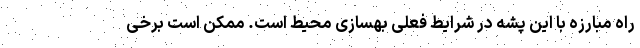
راه مبارزه با این پشه در شرایط فعلی بهسازی محیط است. ممکن است برخی